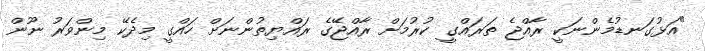
"އަޅުގަނޑުމެންނަކީ ރާއްޖެ ތަރައްގީ ކުރުމަށް ރާއްޖޭގެ ރައްޔިތުންނަށް ހައްގީ މިދެކޭ މިންވަރު ނޫން